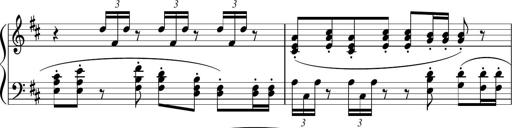
Title: Sonataette
Composer: Gergely Laszlo Matyas Jambor